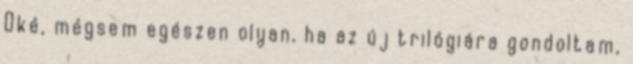
Oké, mégsem egészen olyan, ha az új trilógiára gondoltam,